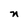
Character: n